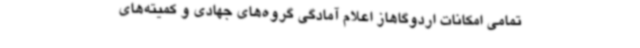
تمامی امکانات اردوگاهاز اعلام آمادگی‌ گروه‌های جهادی و کمیته‌های